Reports on military cantonments and civil stations in the Presidency of Bombay inspected by the Sanitary Commissioner in the years 1875 and 1876
Year: 1875
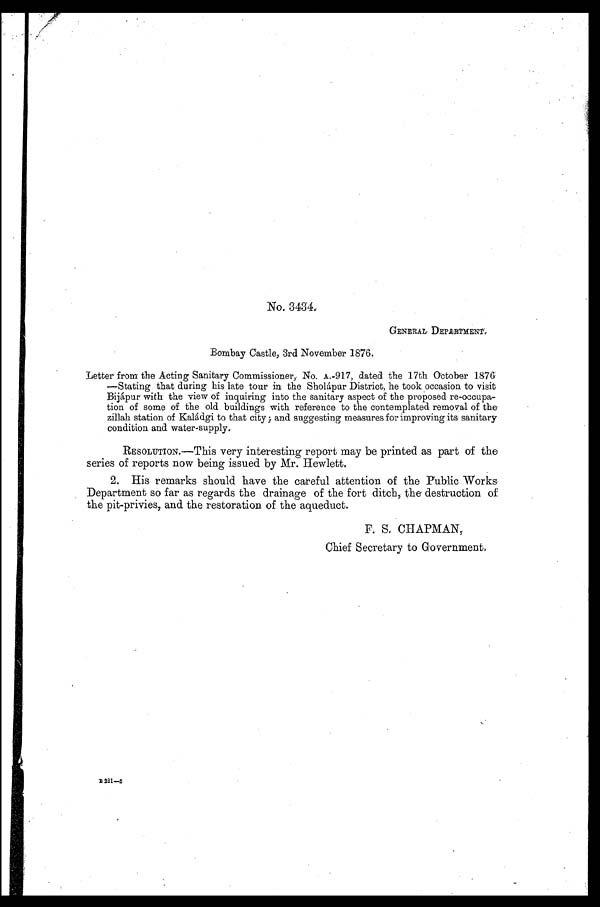
No. 3434.
GENERAL DEPARTMENT.
Bombay Castle, 3rd November 1876.
Letter from the Acting Sanitary Commissioner, No. A.-917, dated the 17th October 1876
—Stating that during his late tour in the Sholápur District, he took occasion to visit
Bijápur with the view of inquiring into the sanitary aspect of the proposed re-occupa-
tion of some of the old buildings with reference to the contemplated removal of the
zillah station of Kaládgi to that city; and suggesting measures for improving its sanitary
condition and water-supply.
RESOLUTION.—This very interesting report may be printed as part of the
series of reports now being issued by Mr. Hewlett.
2. His remarks should have the careful attention of the Public Works
Department so far as regards the drainage of the fort ditch, the destruction of
the pit-privies, and the restoration of the aqueduct.
F. S. CHAPMAN,
Chief Secretary to Government.
B 2 2 1 —S